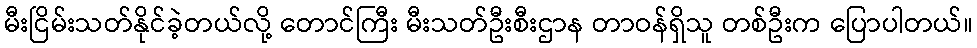
မီးငြိမ်းသတ်နိုင်ခဲ့တယ်လို့ တောင်ကြီး မီးသတ်ဦးစီးဌာန တာဝန်ရှိသူ တစ်ဦးက ပြောပါတယ်။